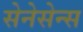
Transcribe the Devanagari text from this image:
सेनेसेन्स